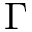
\Gamma